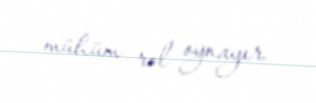
mühüm rol oynayır.